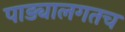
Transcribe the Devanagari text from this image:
पाड्यालगतच